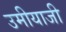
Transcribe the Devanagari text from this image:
उमीयाजी